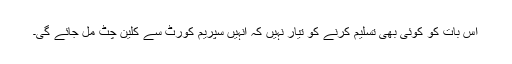
اِس بات کو کوئی بھی تسلیم کرنے کو تیار نہیں کہ انہیں سپریم کورٹ سے کلین چٹ مل جائے گی۔